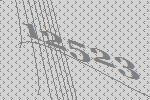
12523